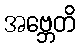
အဗ္ဘေတိ